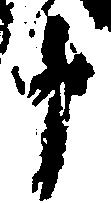
十